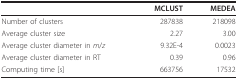
|  | MCLUST | MEDEA |
 | --- | --- | --- |
 | Number of clusters | 287838 | 218098 |
 | Average cluster size | 2.27 | 3.00 |
 | Average cluster diameter in m/z | 9.32E-4 | 0.0023 |
 | Average cluster diameter in RT | 0.39 | 0.96 |
 | Computing time [s] | 663756 | 17532 |